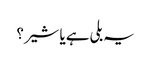
یہ بلی ہے یا شیر؟